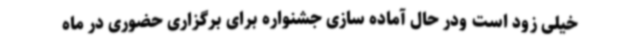
خیلی زود است ودر حال آماده سازی جشنواره برای برگزاری حضوری در ماه